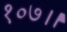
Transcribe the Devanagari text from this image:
१०७।।